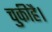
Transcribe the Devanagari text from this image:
चुकीहै।